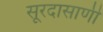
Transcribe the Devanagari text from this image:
सूरदासाणी